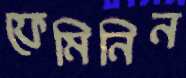
ফেমিনিন